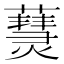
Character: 𤑒